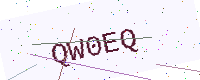
Text: QW0EQ